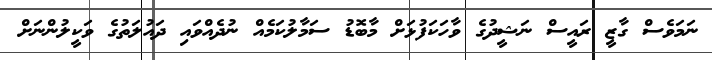
ނަމަވެސް ގާޒީ ރައީސް ނަޝީދުގެ ވާހަކަފުޅަށް މާބޮޑު ސަމާލުކަމެއް ނުދެއްވައި ދައުލަތުގެ ވަކީލުންނަށް